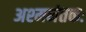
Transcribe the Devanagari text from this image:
अश्‍मनंतकः